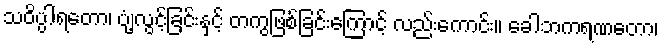
သဝိပ္ပါရတော၊ ပျံ့လွင့်ခြင်းနှင့် တကွဖြစ်ခြင်းကြောင့် လည်းကောင်း။ ခေါဘကရဏတော၊